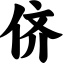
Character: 侪